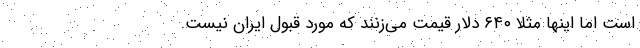
است اما اینها مثلاً ۶۴۰ دلار قیمت می‌زنند که مورد قبول ایران نیست.